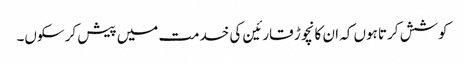
کوشش کرتا ہوں کہ ان کا نچوڑ قارئین کی خدمت میں پیش کر سکوں۔